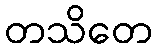
တသိတေ